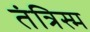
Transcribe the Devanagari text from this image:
तंत्रिस्म